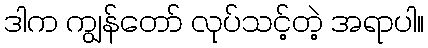
ဒါက ကျွန်တော် လုပ်သင့်တဲ့ အရာပါ။